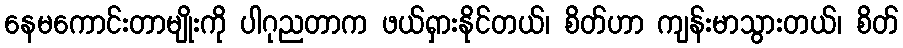
နေမကောင်းတာမျိုးကို ပါဂုညတာက ဖယ်ရှားနိုင်တယ်၊ စိတ်ဟာ ကျန်းမာသွားတယ်၊ စိတ်